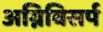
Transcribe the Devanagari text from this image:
अग्निविसर्प